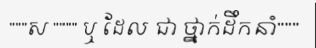
"""ស """" ឬ ដែល ជា ថ្នាក់ដឹកនាំ"""